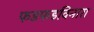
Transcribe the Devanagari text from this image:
फडफडविनारा